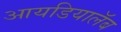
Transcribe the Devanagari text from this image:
आयडियालॅब